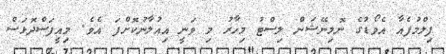
ފިލްމުފެއާ އެވޯޑުގެ ނޮމިނޭޝަން ލިސްޓު މިހާރު މި ވަނީ އިއުލާނުކޮށްފަ އެވެ. މިއީފަސްދޮޅަސް